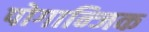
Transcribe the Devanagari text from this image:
पोगान्जिक